Vaccination in Burma 1912-1922 - 1912-1922
Year: 1912
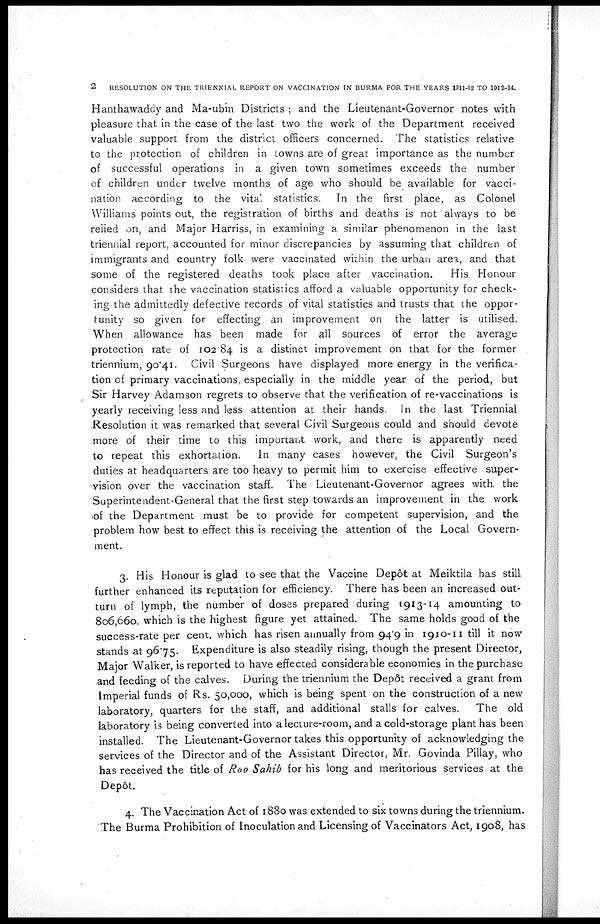
2
RESOLUTION ON THE TRIENNIAL REPORT ON VACCINATION IN BURMA FOR THE YEARS 1911-12 TO 1913-14.
Hanthawaddy and Ma-ubin Districts ; and the Lieutenant-Governor notes with
pleasure that in the case of the last two the work of the Department received
valuable support from the district officers concerned. The statistics relative
to the protection of children in towns are of great importance as the number
of successful operations in a given town sometimes exceeds the number
of children under twelve months of age who should be available for vacci-
nation according to the vital statistics. In the first place, as Colonel
Williams points out, the registration of births and deaths is not always to be
relied on, and Major Harriss, in examining a similar phenomenon in the last
triennial report, accounted for minor discrepancies by assuming that children of
immigrants and country folk were vaccinated within the urban area, and that
some of the registered deaths took place after vaccination.
His Honour
considers that the vaccination statistics afford a valuable opportunity for check-
ing the admittedly defective records of vital statistics and trusts that the oppor-
tunity so given for effecting an improvement on the latter is utilised.
When allowance has been made for all sources of error the average
protection rate of 102.84 is a distinct improvement on that for the former
triennium, 90.41. Civil Surgeons have displayed more energy in the verifica-
tion of primary vaccinations, especially in the middle year of the period, but
Sir Harvey Adamson regrets to observe that the verification of re-vaccinations is
yearly receiving less and less attention at their hands. In the last Triennial
Resolution it was remarked that several Civil Surgeons could and should devote
more of their time to this important work, and there is apparently need
to repeat this exhortation.
In many cases however, the Civil Surgeon's
duties at headquarters are too heavy to permit him to exercise effective super-
vision over the vaccination staff. The Lieutenant-Governor agrees with the
Superintendent-General that the first step towards an improvement in the work
of the Department must be to provide for competent supervision, and the
problem how best to effect this is receiving the attention of the Local Govern-
ment.
3. His Honour is glad to see that the Vaccine Depôt at Meiktila has still
further enhanced its reputation for efficiency. There has been an increased out-
turn of lymph, the number of doses prepared during 1913-14 amounting to
806,660, which is the highest figure yet attained. The same holds good of the
success-rate per cent. which has risen annually from 94.9 in 1910-11 till it now
stands at 96.75. Expenditure is also steadily rising, though the present Director,
Major Walker, is reported to have effected considerable economies in the purchase
and feeding of the calves. During the triennium the Depôt received a grant from
Imperial funds of Rs. 50,000, which is being spent on the construction of a new
laboratory, quarters for the staff, and additional stalls for calves. The old
laboratory is being converted into a lecture-room, and a cold-storage plant has been
installed. The Lieutenant-Governor takes this opportunity of acknowledging the
services of the Director and of the Assistant Director, Mr. Govinda Pillay, who
has received the title of Rao Sahib for his long and meritorious services at the
Depôt.
4. The Vaccination Act of 1880 was extended to six towns during the triennium.
The Burma Prohibition of Inoculation and Licensing of Vaccinators Act, 1908, has